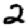
Digit: 2